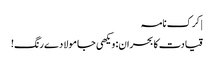
| کرک نامہ
قیادت کا بحران: ویکھی جا مولا دے رنگ!